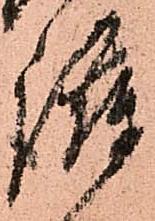
護